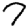
Digit: 7